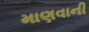
માણવાની